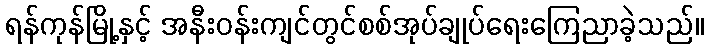
ရန်ကုန်မြို့နှင့် အနီးဝန်းကျင်တွင်စစ်အုပ်ချုပ်ရေးကြေညာခဲ့သည်။